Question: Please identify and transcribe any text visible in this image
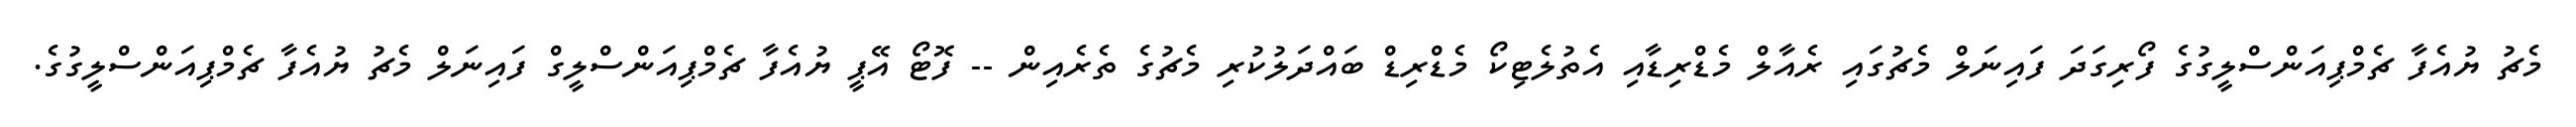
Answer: މެޗު ޔުއެފާ ޗެމްޕިއަންސްލީގުގެ ފޯރިގަދަ ފައިނަލް މެޗުގައި ރެއާލް މެޑްރިޑާއި އެތުލެޓިކޯ މެޑްރިޑް ބައްދަލުކުރި މެޗުގެ ތެރެއިން -- ފޮޓޯ އޭޕީ ޔުއެފާ ޗެމްޕިއަންސްލީގް ފައިނަލް މެޗު ޔުއެފާ ޗެމްޕިއަންސްލީގުގެ.